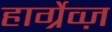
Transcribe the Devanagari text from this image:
हार्ग्रेव्ज़